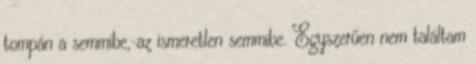
tompán a semmibe, az ismeretlen­ semmibe. Egyszerűen nem találtam